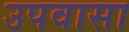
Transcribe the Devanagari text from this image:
उपवासा